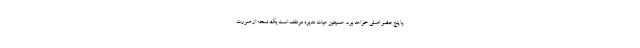
یا پنج عضو اصلی خواهد بود. همچنین هیات مدیره موظف است یک نسخه از صورت